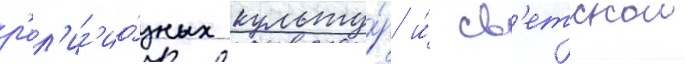
р'ел'иг'ио́зных культу́р и́ св'етскои